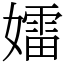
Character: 𡢽